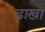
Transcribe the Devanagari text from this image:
ढाखा